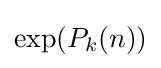
\exp({P_{k}(n)})